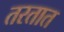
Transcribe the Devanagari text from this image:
तरतात